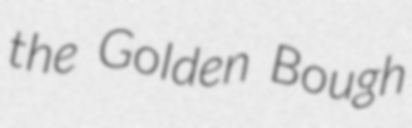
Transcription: the Golden Bough